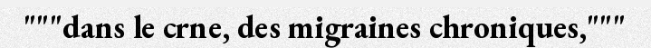
"""dans le crne, des migraines chroniques,"""